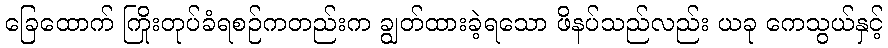
ခြေထောက် ကြိုးတုပ်ခံရစဉ်ကတည်းက ချွတ်ထားခဲ့ရသော ဖိနပ်သည်လည်း ယခု ကေသွယ်နှင့်